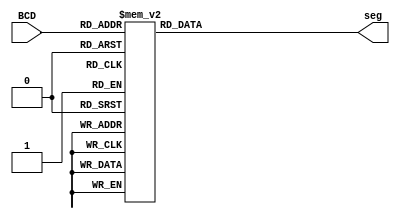
module top(BCD, seg);	//bcd to 7segment decoder
							//** the design is for ACTIVE LOW 7 segment
/*
7 segment view
	----a----		Pin		Segment
   |         |		1		e
   |         |		2		d
   f         b		3		common anode
   |         |		4		c
    ----g----		5		dot point
   |         |		6		b
   e         c		7		a
   |         |		8		common anode
   |         |		9		f
    ----d----		10		g
    
    =====================================
            OUTPUT OF THIS CODE
    =====================================
    seg[6] = a	seg[5] = b	seg[4] = c
    seg[3] = d	seg[2] = e	seg[1] = f
				seg[0]= g
*/
input wire [3:0] BCD;
output reg [6:0] seg;

always@(BCD)
begin
	case(BCD)
		4'b0000: seg = 7'b0000001;
		4'b0001: seg = 7'b1001111;
		4'b0010: seg = 7'b0010010;
		4'b0011: seg = 7'b0000110;
		4'b0100: seg = 7'b1001100;
		4'b0101: seg = 7'b0100100;
		4'b0110: seg = 7'b0100000;
		4'b0111: seg = 7'b0001111;
		4'b1000: seg = 7'b0000000;
		4'b1001: seg = 7'b0000100;
		default: seg = 7'b0110000;
		endcase
end
endmodule